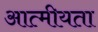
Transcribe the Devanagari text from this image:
आत्‍मीयता